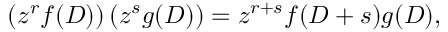
\left( z ^ { r } f ( D ) \right) \left( z ^ { s } g ( D ) \right) = z ^ { r + s } f ( D + s ) g ( D ) ,